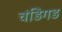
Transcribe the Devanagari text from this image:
चंडिगड